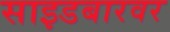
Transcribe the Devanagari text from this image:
साइडबारवर